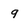
Character: 9